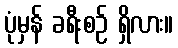
ပုံမှန် ခရီးစဉ် ရှိလား။